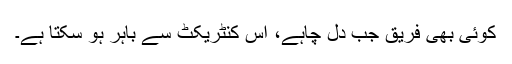
کوئی بھی فریق جب دل چاہے، اس کنٹریکٹ سے باہر ہو سکتا ہے۔